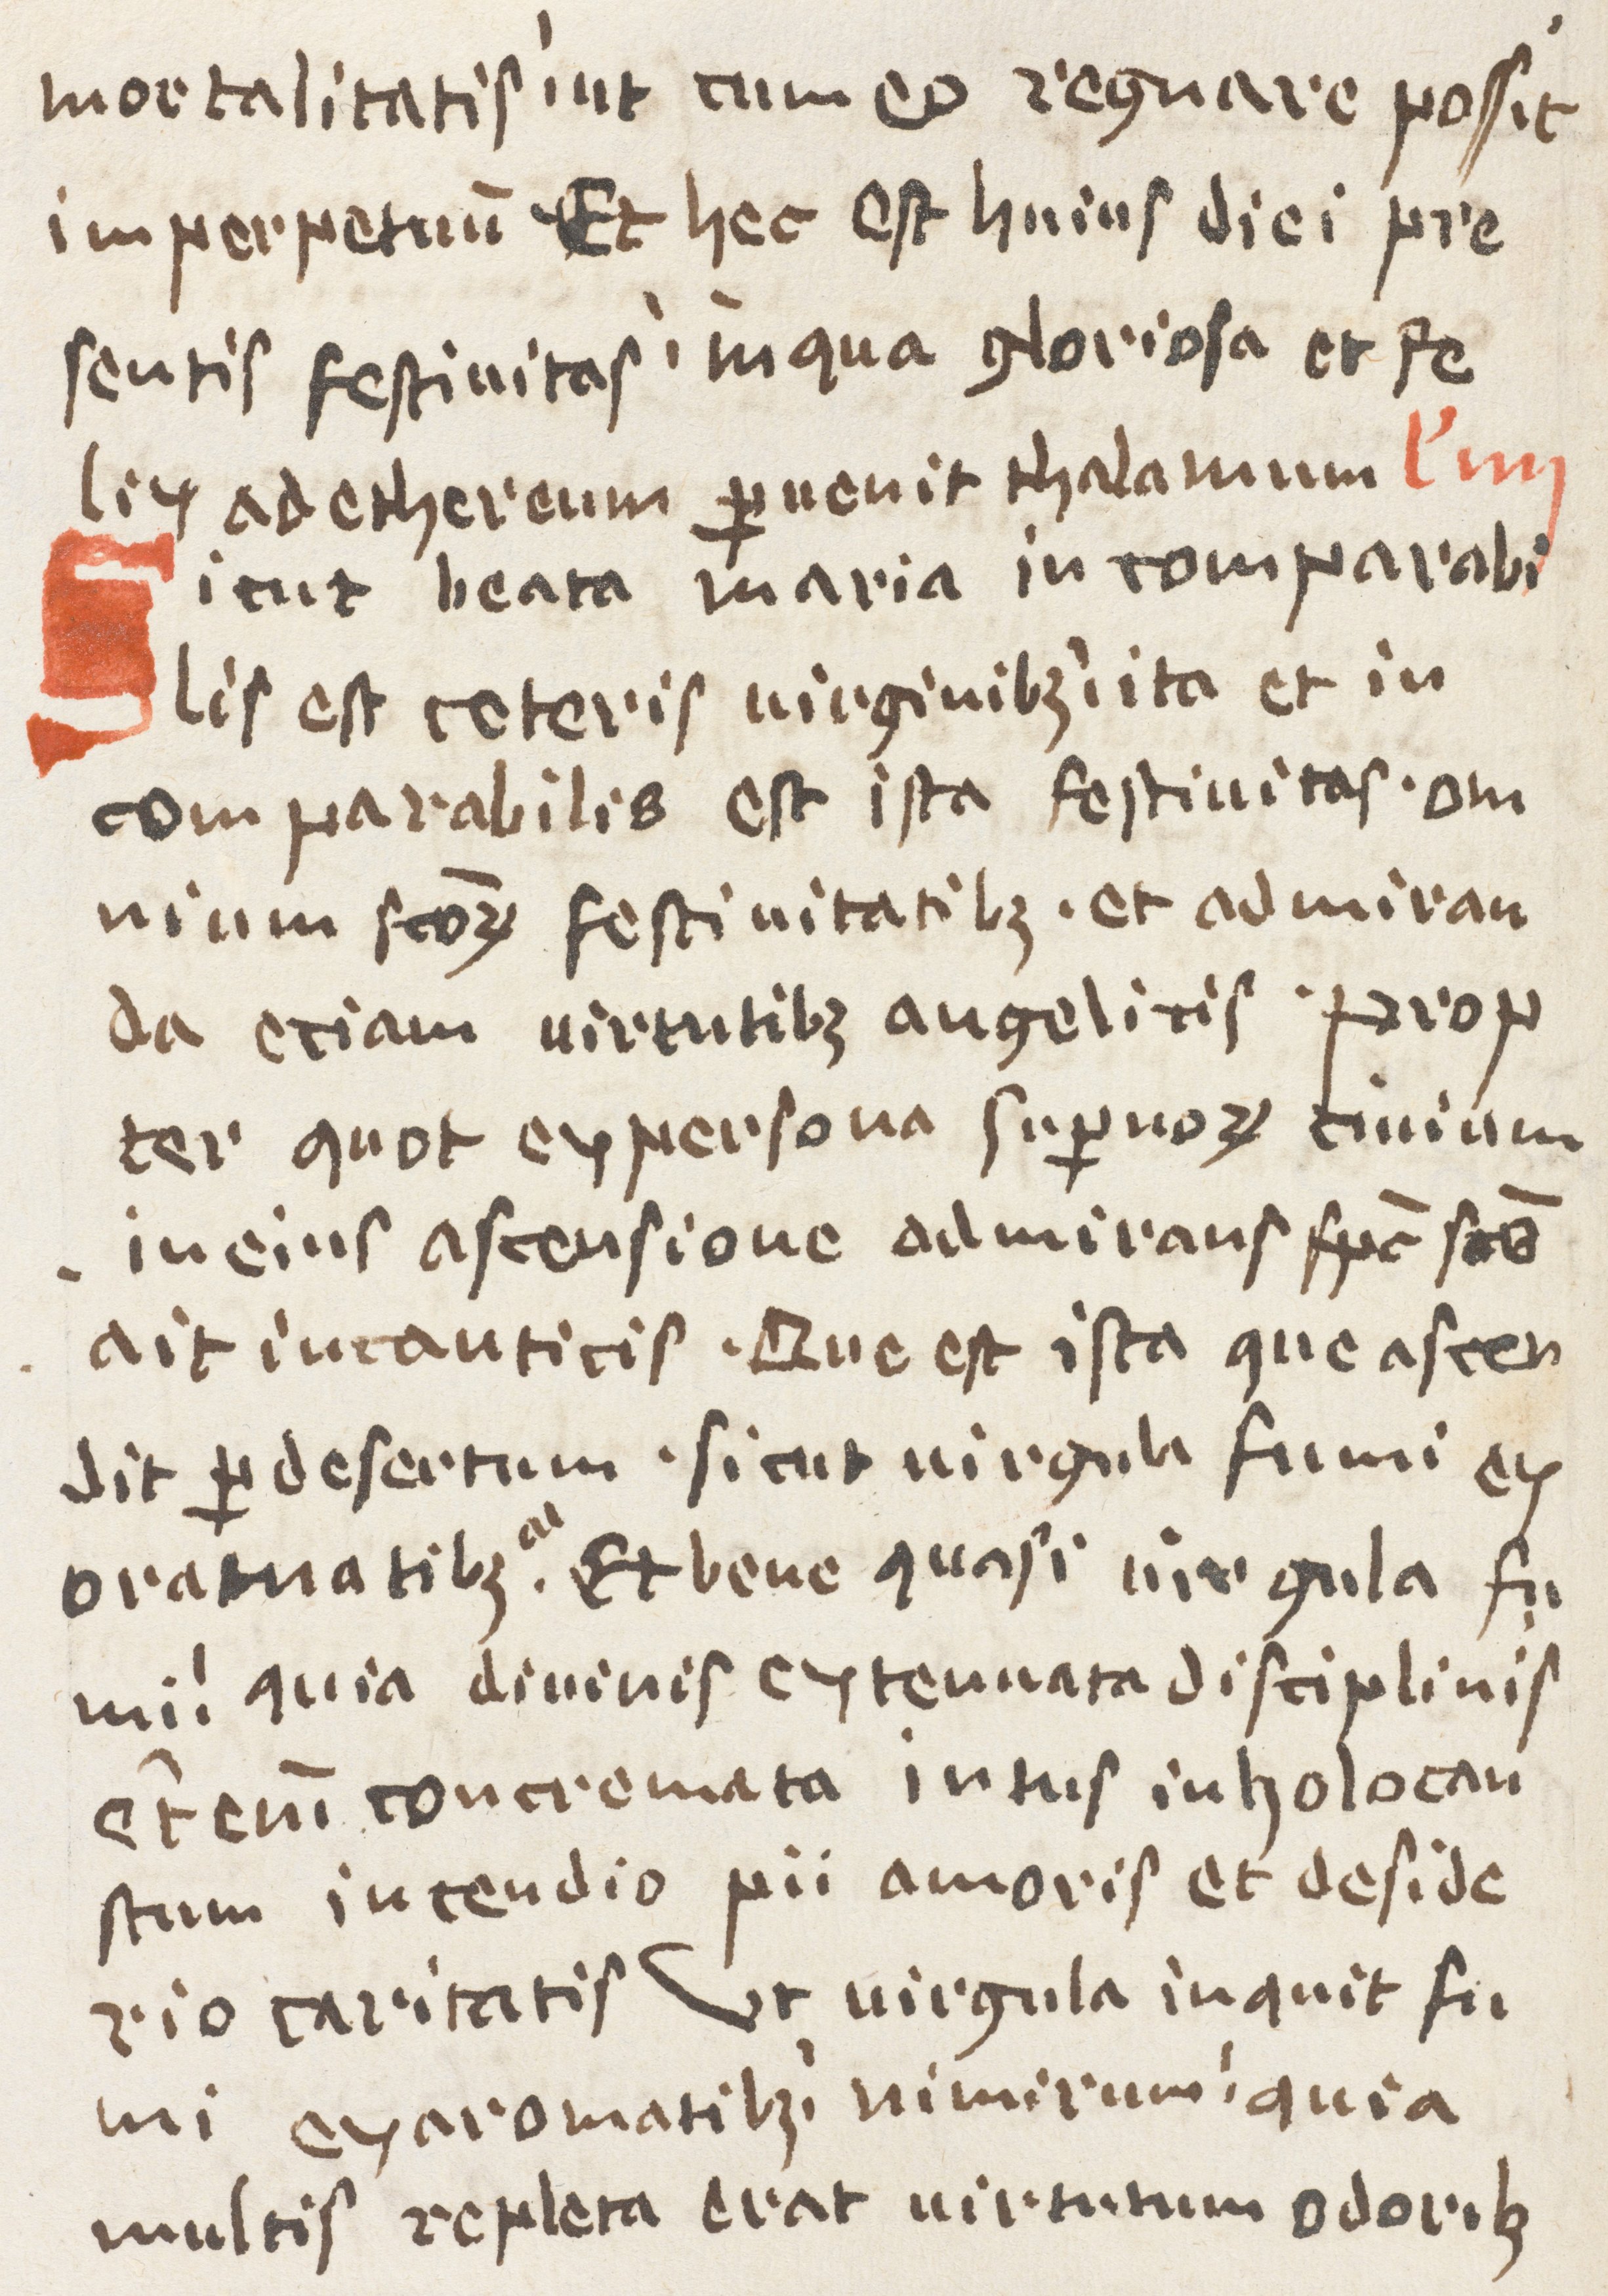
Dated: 1400–1499